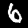
Digit: 6